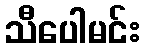
သီပေါမင်း